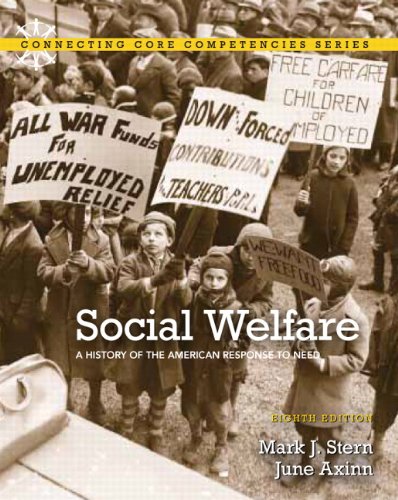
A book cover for Social Welfare: A History of the American Response to Need, 8th Edition; Mark J. Stern; Politics & Social Sciences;